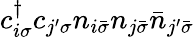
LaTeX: c_{i\sigma}^{\dagger}c_{j^{\prime}\sigma}n_{i\bar{\sigma}}n_{j\bar{\sigma}}\bar{n}_{j^{\prime}\bar{\sigma}}